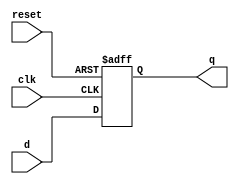
module register(input clk, input reset, input [6:0] d, output reg [6:0] q);
    always @(posedge clk, posedge reset) begin
        if(reset) q <= 7'b0000_000;
        else q <= d;
    end
endmodule